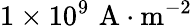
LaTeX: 1\times 10^{9}\, \, \mathrm{A}\cdot\mathrm{m}^{-2}